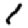
Digit: 1